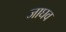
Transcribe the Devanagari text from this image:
जाघव